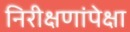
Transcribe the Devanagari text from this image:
निरीक्षणांपेक्षा